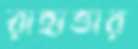
রাহাত্তার